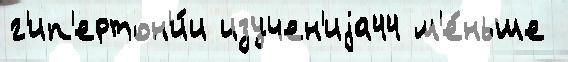
г'ип'ертон'и́и изучен'иjа44 м'е́ньше